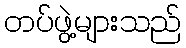
တပ်ဖွဲ့များသည်